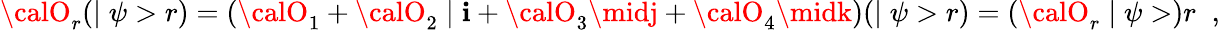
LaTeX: {\calO}_{r}(\mid\psi>r)=({\calO}_{1}+{\calO}_{2}\mid\mathbf{i}+{\calO}_{3}\midj+{\calO}_{4}\midk)(\mid\psi>r)=({\calO}_{r}\mid\psi>)r\; \; ,